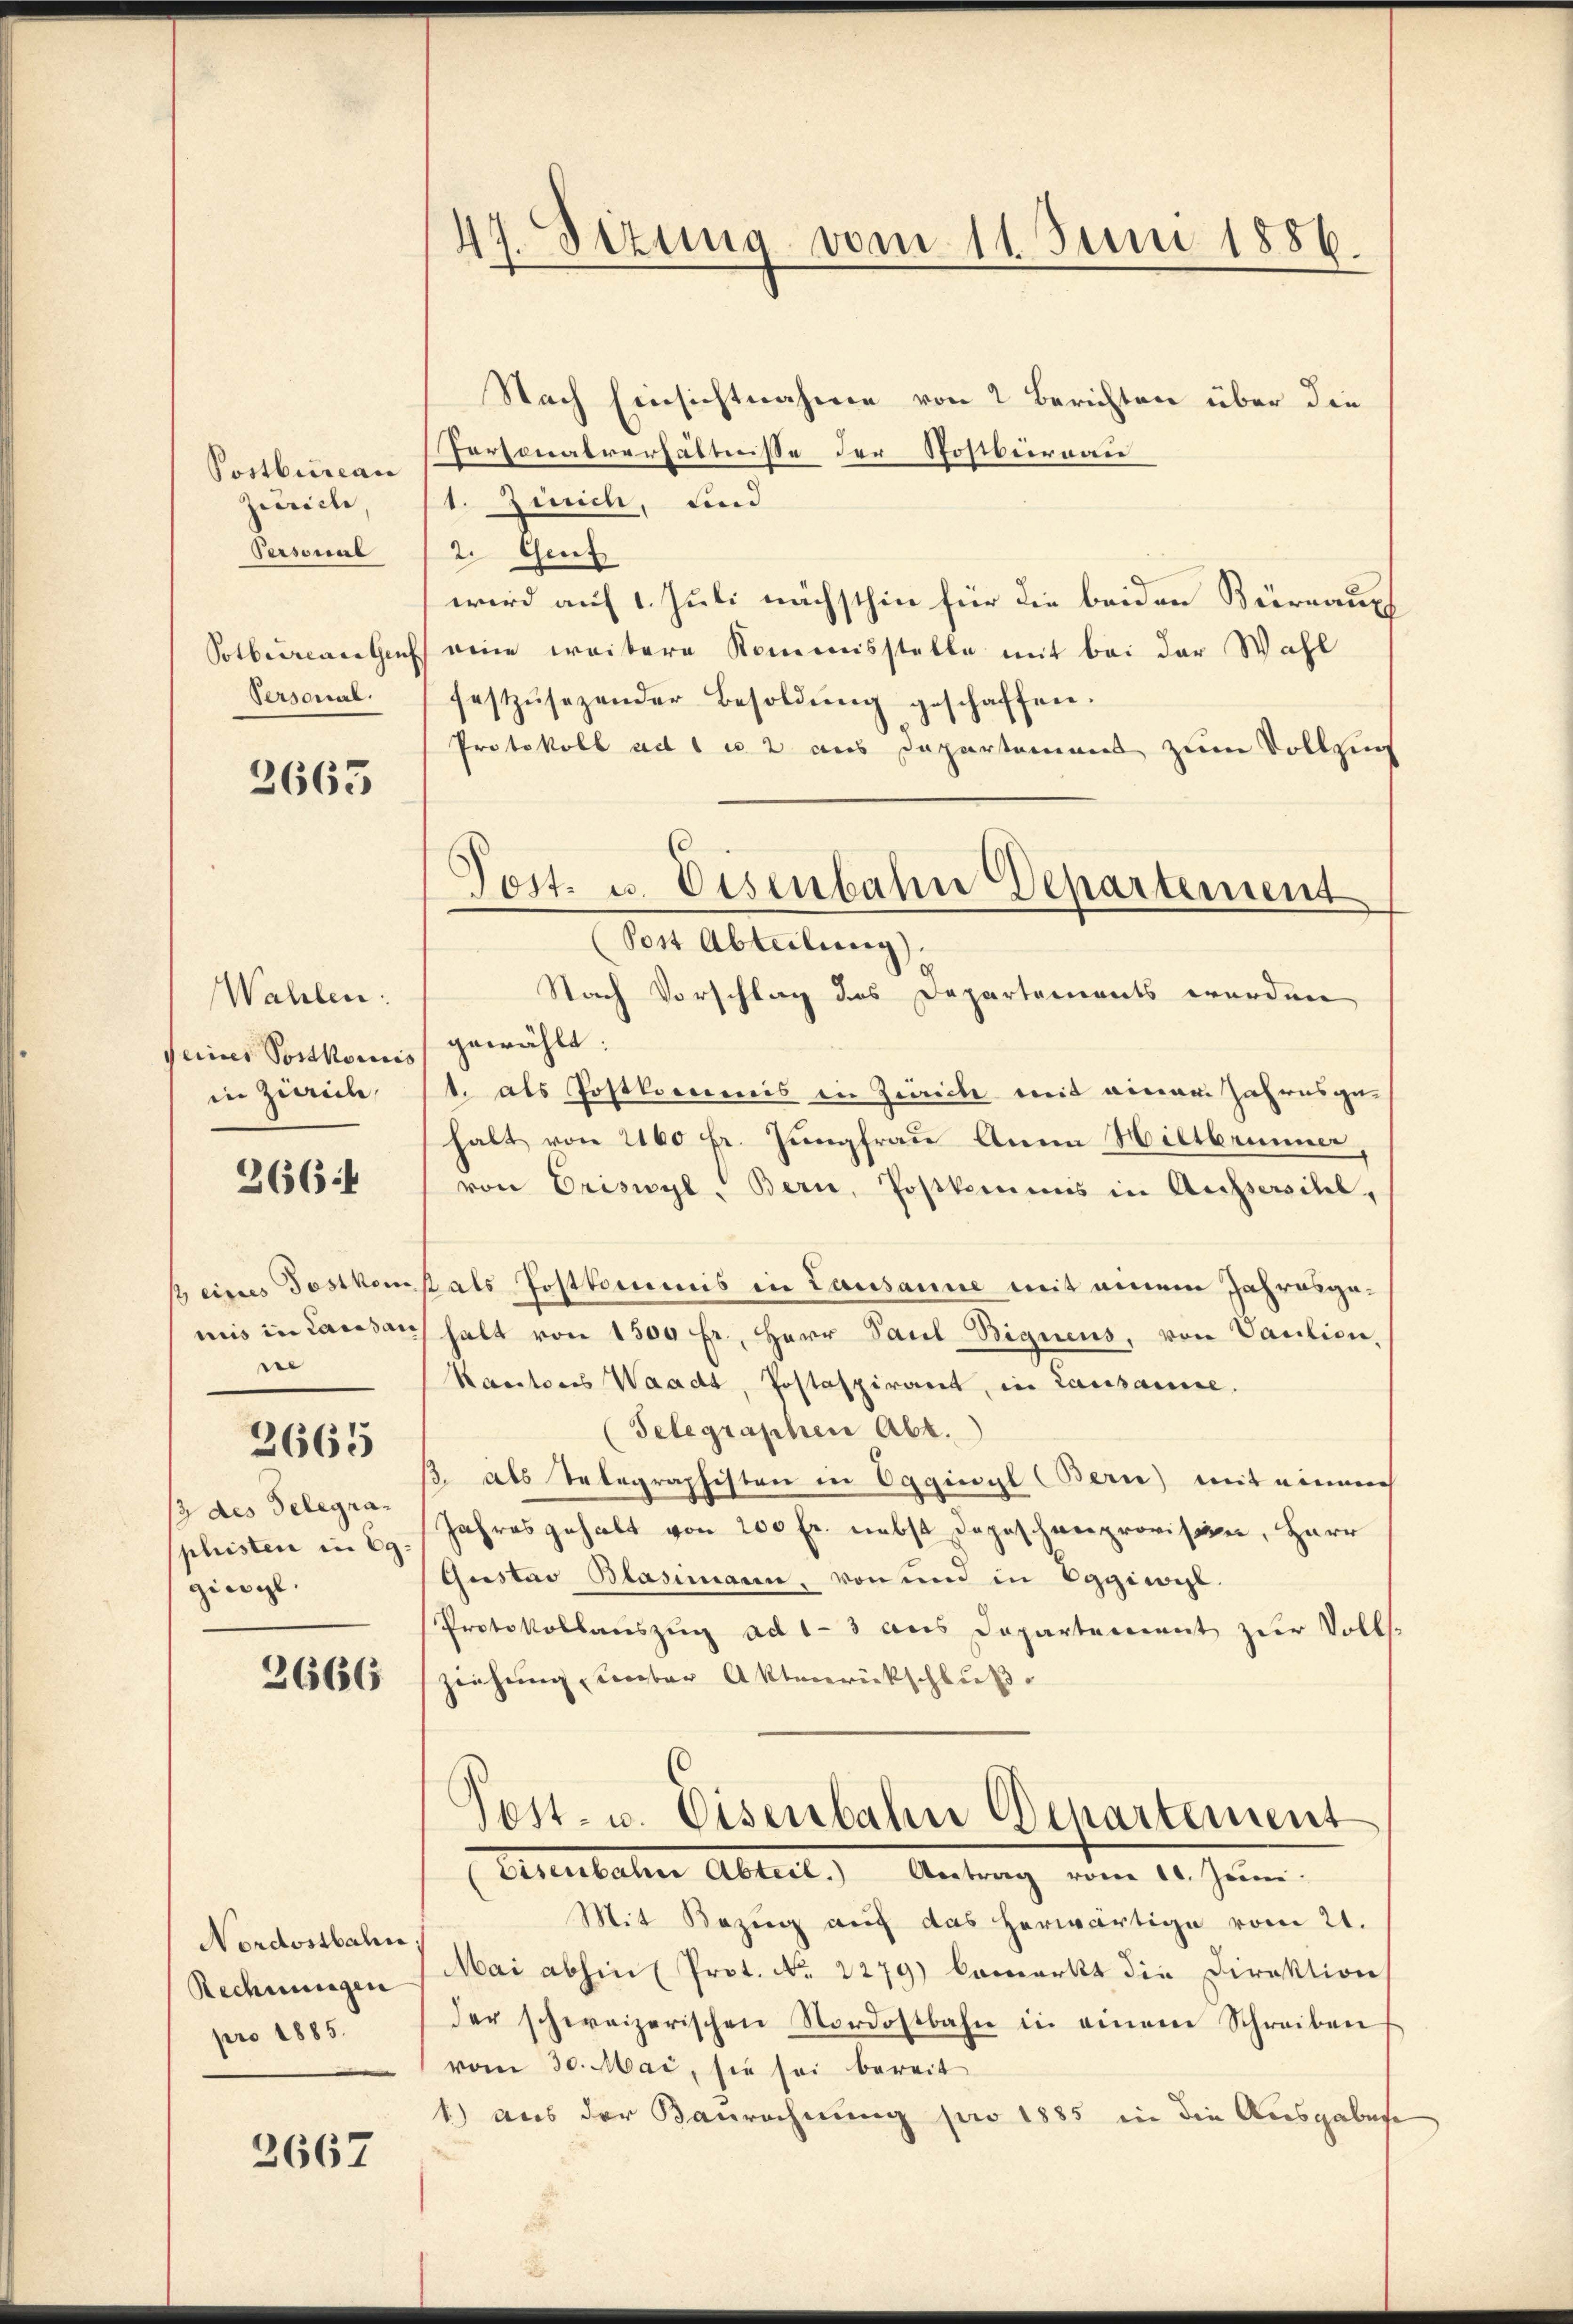
Postbureau
Zürich,
Personal
Potbereuertenf
Personal.

3665

Wahlen:
seiner Posthoris
in Zürich,

266:

s eines Postkom
miis in Landsan
re
/3 des Telegraphristen in 29.
giengl.

3665

2666

Nordostbahn
Rechnungen
pro 1885.

3667

47. Sizung vom 11. Juni 1886.

Post. u. Eisenbahn Departement

Nach Einsichtnahme von 2 Berichten über die
Personalverhältnisse der Postbernau
1. Zürich, und
2. Genf
wird auf 1. Juli nächsthin für die beiden Büreaupf
eine weitere Kommisstelle mit bei der Wahl
festzŭsezender Besoldŭng geschaffen.
Protokoll ad 1 c. 2 aus Departamens zum Vollzug
(Post Abteilung).
Nach Vorschlag des Departements werden
gewählt:
1. als Postkommis in Zürich mit einer Jahresgehalt von 2160 fr. Jungfrau Anna Hiltbrunner,
von Eriswyl-Bern, Postkamens in Aussersihl,
t als Postkommnis in Lausanne mit einem Jahresgahalt von 1500 fr., Herr Paul Bignens, von Caution,
Kantons Waadt, Postaspirant, in Lausanne.
Telegraphen Abt.
/. als Telegraphisten in Eggiwyl (Bern) mit einem
Jahresgehalt von 200 Fr. nebst Depeschneeprovision, Herr
Gustav Blasimann, von und in Eggiwil
Protokollauszug ad 1-3 aus Departement zur Volls-
zeichnung ober Aktenrückschluß
Pest. u. Eisenbahn Departement
Eisenbahn Abteil. Antrag vom 10. Juni:
Mit Bezug auf das herwärtige vom 21.
Mai abhin (Prot. No 2279) bemerkt die Direktion
der schweizerischen Nordostbahn in einem Schreiben
vom 30. Mai, sie sei bereit
1) aus der Baurechnung pro 1885 in die Ausgabese